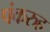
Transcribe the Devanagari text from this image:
पंकरुह